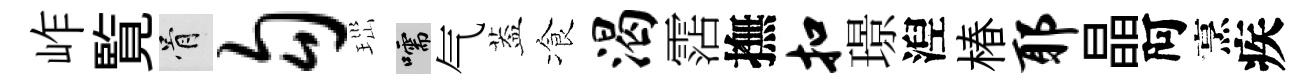
岞覧骨勾𤤼嚅气葢飡渴霑撫扣璟湼椿耶晶阿烹疾